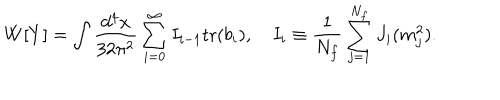
W [ Y ] = \int \frac { d ^ { 4 } x } { 3 2 \pi ^ { 2 } } \sum _ { i = 0 } ^ { \infty } I _ { i - 1 } \mathrm { t r } ( b _ { i } ) , \quad I _ { i } \equiv \frac { 1 } { N _ { f } } \sum _ { j = 1 } ^ { N _ { f } } J _ { i } ( m _ { j } ^ { 2 } ) .